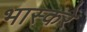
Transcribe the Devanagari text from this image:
भास्करे